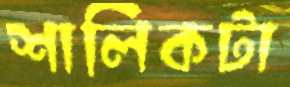
শালিকটা